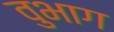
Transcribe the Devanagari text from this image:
वुभाग